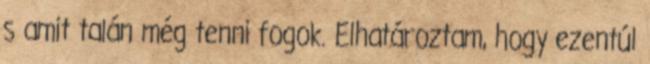
s amit talán még tenni fogok. Elhatároztam, hogy ezentúl